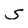
Character: S